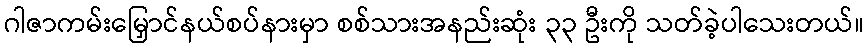
ဂါဇာကမ်းမြှောင်နယ်စပ်နားမှာ စစ်သားအနည်းဆုံး ၃၃ ဦးကို သတ်ခဲ့ပါသေးတယ်။